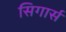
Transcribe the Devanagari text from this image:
सिगार्स